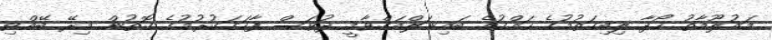
މައުލޫމާތު ހޯދާ ލިބިގަތުމުގެ ހައްގުގެ ބައިނަލްއަގްވާމީ ދުވަސް ފާހަގަކުރުމުގެ ގޮތުން މިރޭ ބޭއްވި